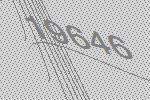
19646